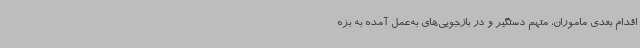
اقدام بعدی ماموران، متهم دستگیر و در بازجویی‌های به‌عمل آمده به بزه